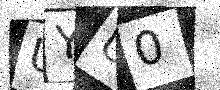
Text: UYU0